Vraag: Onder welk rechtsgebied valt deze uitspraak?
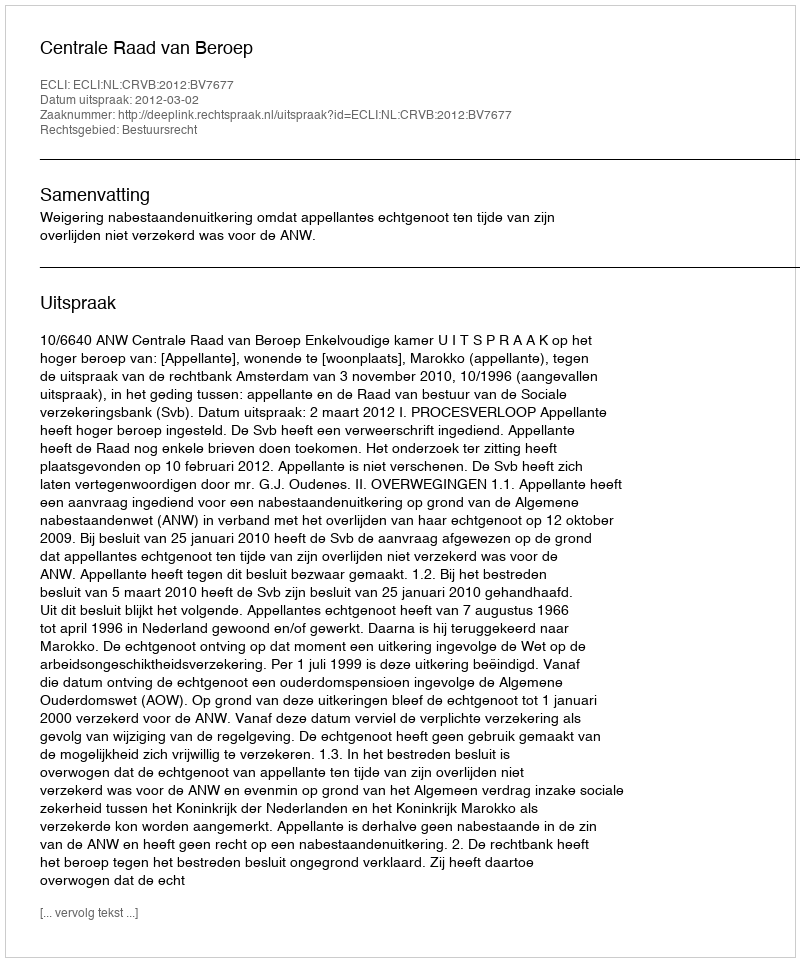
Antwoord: Bestuursrecht